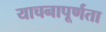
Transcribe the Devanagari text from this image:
याचनापूर्णता